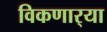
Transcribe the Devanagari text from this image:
विकणार्‍या